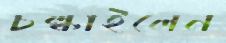
চল্‌কাইলেন